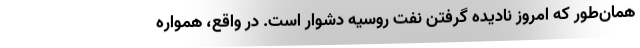
همان‌طور كه امروز نادیده گرفتن نفت روسیه دشوار است. در واقع، همواره